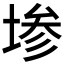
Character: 𫮅